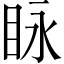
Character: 眿